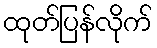
ထုတ်ပြန်လိုက်